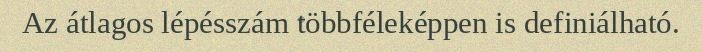
Az átlagos lépésszám többféleképpen is definiálható.